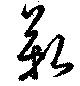
艱